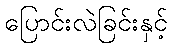
ပြောင်းလဲခြင်းနှင့်